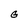
Character: G